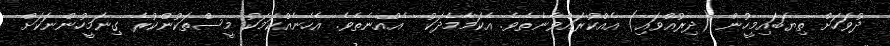
ދުވަހަށް ތިޔަބައިމީހުން (ދިރުއްވައި) އެއްކުރައްވާނެތެވެ. އެކަމާމެދަކު  އެއްނެތެވެ. އެހެނެއްކަމަކު މީސްތަކުންކުރެ ގިނަމީހުންނަކަށް